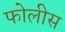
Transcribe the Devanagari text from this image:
फोलीस